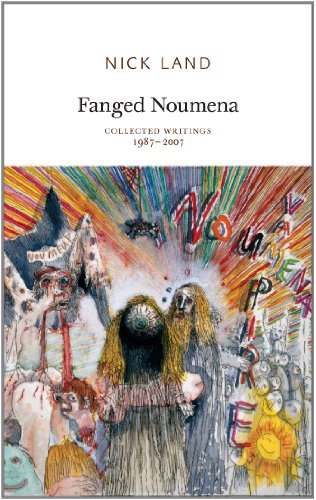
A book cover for Fanged Noumena: Collected Writings 1987-2007; Nick Land; Politics & Social Sciences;